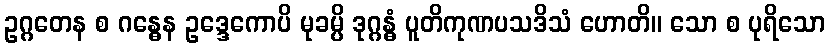
ဥဂ္ဂတေန စ ဂန္ဓေန ဥဒ္ဒေကောပိ မုခမ္ပိ ဒုဂ္ဂန္ဓံ ပူတိကုဏပသဒိသံ ဟောတိ။ သော စ ပုရိသော